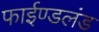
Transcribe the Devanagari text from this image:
फाईण्डलंड